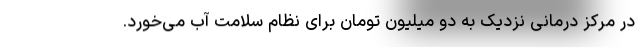
در مرکز درمانی نزدیک به دو میلیون تومان برای نظام سلامت آب می‌خورد.